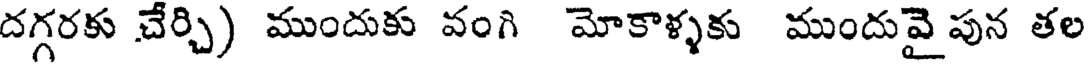
దగ్గరకు చేర్చి) ముందుకు వంగి మోకాళ్ళకు ముందువై పున తల